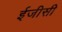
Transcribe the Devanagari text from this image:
ईजीसी